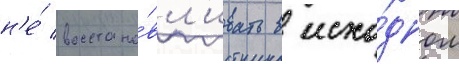
н'е́ восстана́вл'ивать в исхо́дном